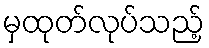
မှထုတ်လုပ်သည့်